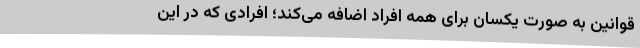
قوانین به صورت یکسان برای همه افراد اضافه می‌کند؛ افرادی که در این